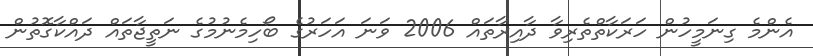
އެންމެ ގިނަމީހުން ހަރަކާތްތެރިވާ ދާއިރާތައް 2006 ވަނަ އަހަރުގެ ބޯހިމެނުމުގެ ނަތީޖާތައް ދައްކާގޮތުން